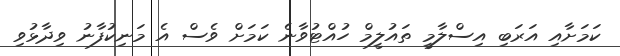
ކަމަށާއި އަރަބި އިސްލާމީ ތައުލީމް ހުއްޓުވާނެ ކަމަށް ވެސް އެ މަނިކުފާނު ވިދާޅުވި